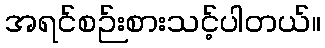
အရင်စဉ်းစားသင့်ပါတယ်။